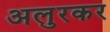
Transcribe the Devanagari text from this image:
अलुरकर